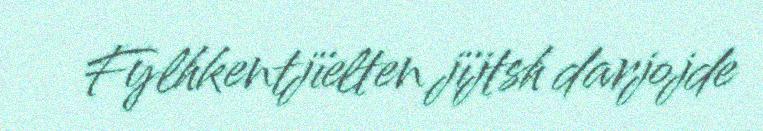
Fylhkentjïelten jïjtsh darjojde